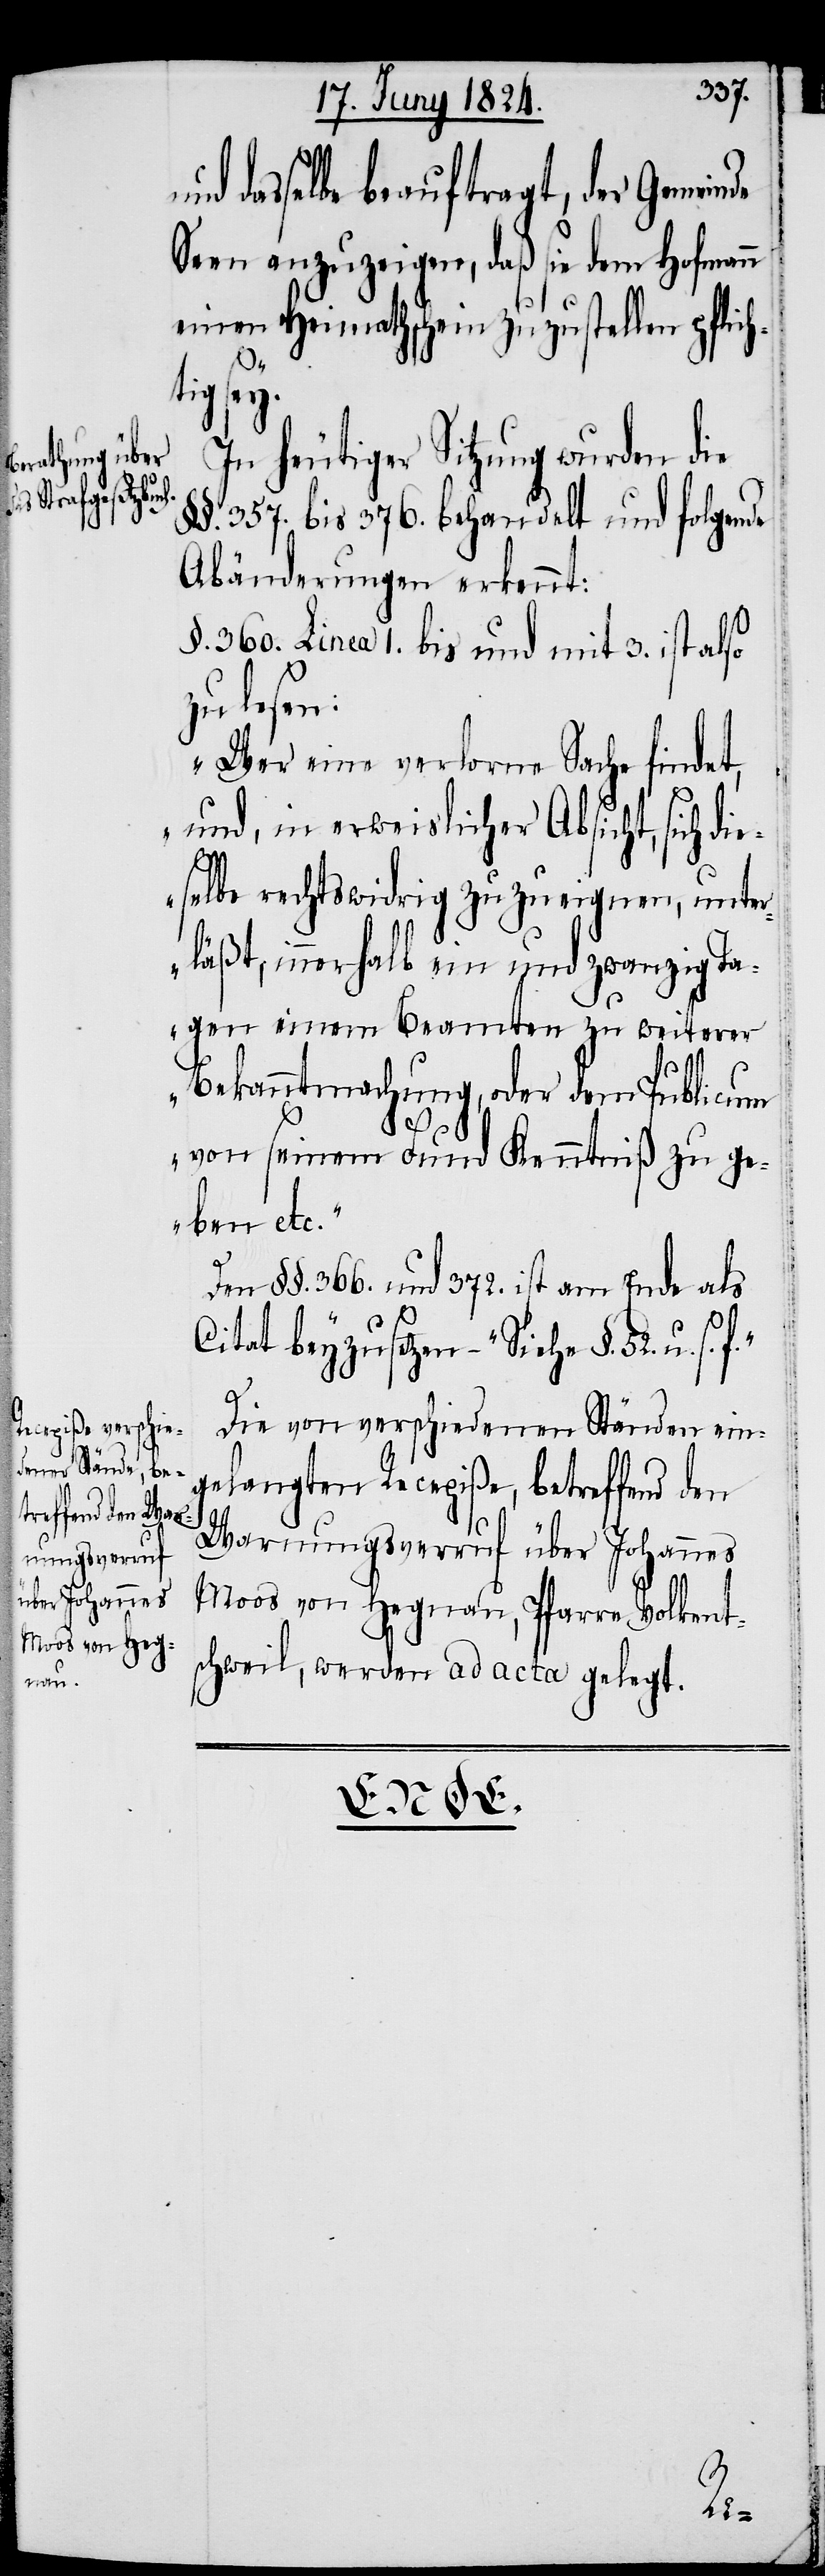
und

dasselbe beauftragt, der Gemein¬
Seen anzuzeigen, daß sie dem Hofmann
einen Heimathschein zuzustellen pflich¬
de
tig sey.
In heutiger Sitzung wurden die
§§. 357. bis 376. behandelt und folgende
Abänderungen erkennt:
§. 360. Linea 1. bis und mit 3. ist also
zu lesen:
„Wer eine verlorene Sache findet,
und, in erweislicher Absicht, sich di¬
eselbe rechtswidrig zuzueignen, unter¬
läßt, innerhalb ein und zwanzig Ta¬
gen einem Beamten zu weiterer
Bekanntmachung, oder dem Publicum
von seinem Fund Kenntniß zu ge¬
ben etc.“
Den §§. 366 und 372. ist am Ende als
Citat beyzusetzen – „Siehe §. 52. u.
Die von verschiedenen Ständen ein¬
gelangten Recepiße, betreffend den
Warnungsverruf über Johannes
Moos von Hegnau, Pfarre Volkent¬
schweil, werden ad acta gelegt.